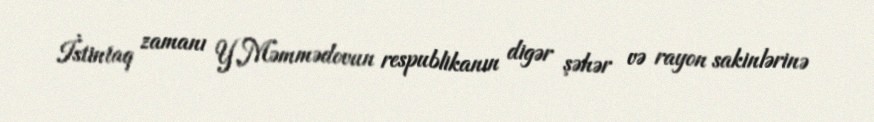
İstintaq zamanı Y.Məmmədovun respublikanın digər şəhər və rayon sakinlərinə